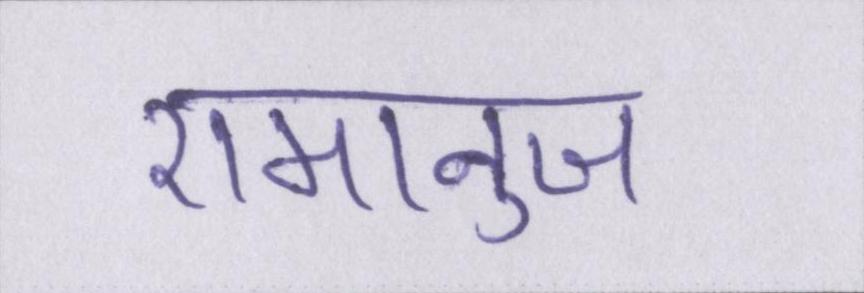
रामानुज